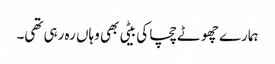
ہمارے چھوٹے چچا کی بیٹی بھی وہاں رہ رہی تھی۔